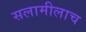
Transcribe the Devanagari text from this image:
सलामीलाच